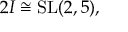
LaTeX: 2 I \cong \operatorname { S L } ( 2 , 5 ) ,